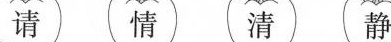
请 情 清 静